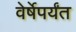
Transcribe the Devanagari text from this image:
वेर्षेपर्यंत